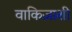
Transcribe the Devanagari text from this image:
वाकिज़ाशी